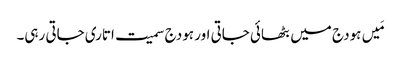
مَیں ہودج میں بٹھائی جاتی اور ہودج سمیت اتاری جاتی رہی۔